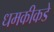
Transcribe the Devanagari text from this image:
धमकीकडे